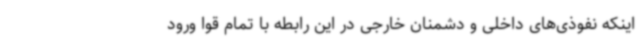
اینکه نفوذی‌های داخلی و دشمنان خارجی در این رابطه با تمام قوا ورود